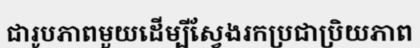
ជារូបភាពមួយដើម្បីស្វែងរកប្រជាប្រិយភាព